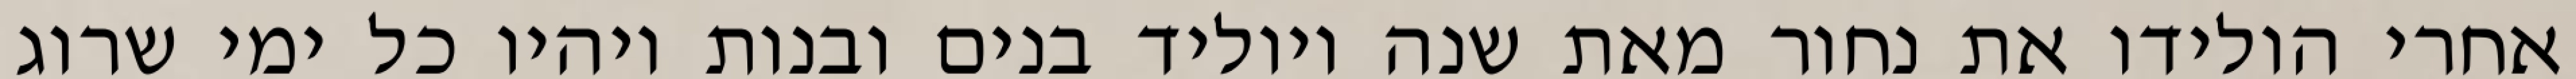
אחרי הולידו את נחור מאת שנה ויוליד בנים ובנות ויהיו כל ימי שרוג